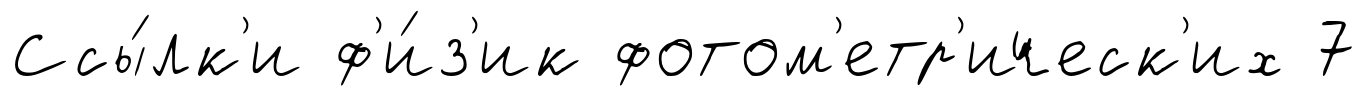
Ссы́лк'и ф'и́з'ик фотом'етр'ическ'их 7